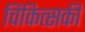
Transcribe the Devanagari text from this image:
चिकित्सकी